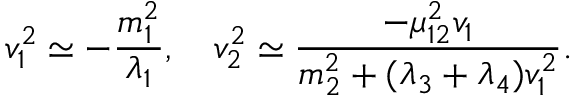
v _ { 1 } ^ { 2 } \simeq - { \frac { m _ { 1 } ^ { 2 } } { \lambda _ { 1 } } } , ~ ~ ~ v _ { 2 } ^ { 2 } \simeq { \frac { - \mu _ { 1 2 } ^ { 2 } v _ { 1 } } { m _ { 2 } ^ { 2 } + ( \lambda _ { 3 } + \lambda _ { 4 } ) v _ { 1 } ^ { 2 } } } .